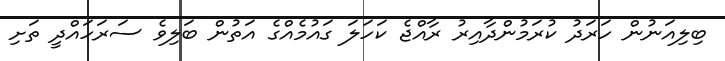
ބިލިއަނުން ހަރަދު ކުރަމުންދާއިރު ރާއްޖެ ކަހަލަ ގައުމެއްގެ އަތުން ބަލިވެ ސަރަހައްދީ ތަށި